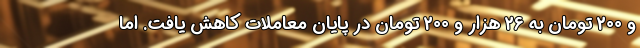
و 200 تومان به 26 هزار و 200 تومان در پایان معاملات کاهش یافت. اما